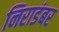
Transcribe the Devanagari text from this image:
निराडंबर